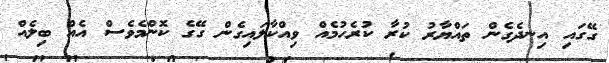
ގޭގައި އިނދެގެން ތައްޔާރު ކުރާ ކުރެހުމެއް ވިއްކާލައިގެން ގޭގެ ކޮންމެވެސް އެއް ބިލެއް